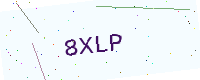
Text: 8XLP